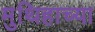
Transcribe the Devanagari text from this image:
मुथिहाच्या